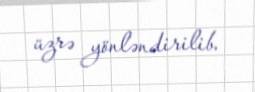
üzrə yönləndirilib.